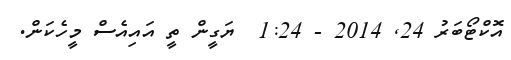
އޮކްޓޯބަރު 24